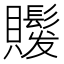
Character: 𧸻